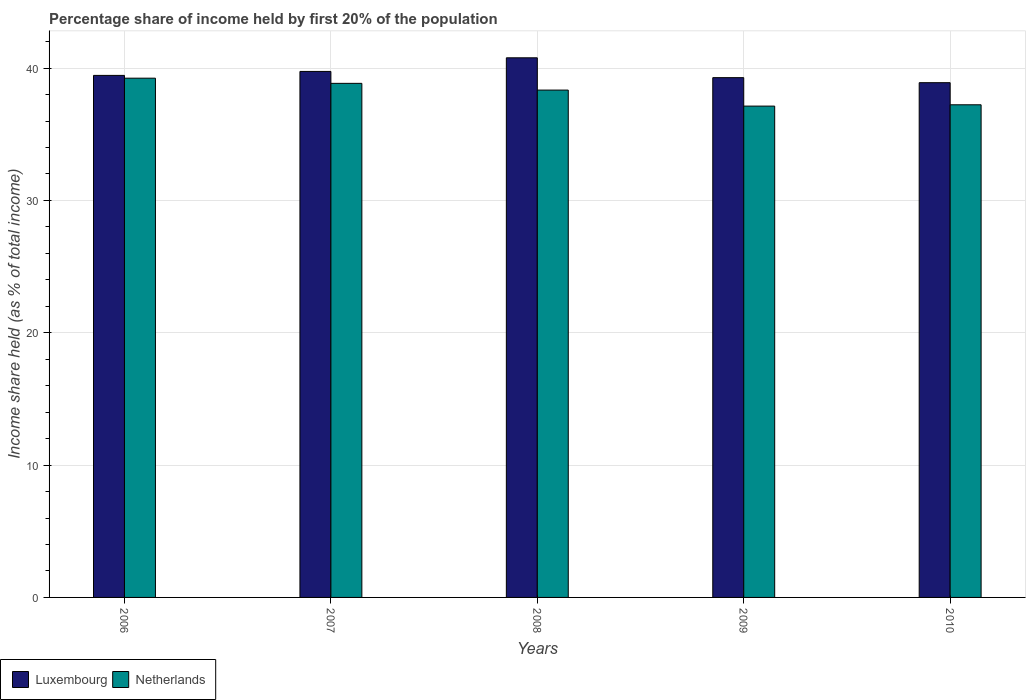
| Years | Luxembourg | Netherlands |
 | --- | --- | --- |
 | 2006 | 39.5 | 39.2 |
 | 2007 | 39.8 | 38.9 |
 | 2008 | 40.8 | 38.3 |
 | 2009 | 39.3 | 37.1 |
 | 2010 | 38.9 | 37.2 |